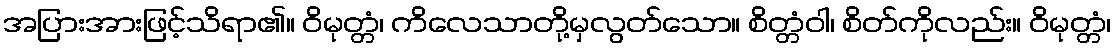
အပြားအားဖြင့်သိရာ၏။ ဝိမုတ္တံ၊ ကိလေသာတို့မှလွတ်သော။ စိတ္တံဝါ၊ စိတ်ကိုလည်း။ ဝိမုတ္တံ၊